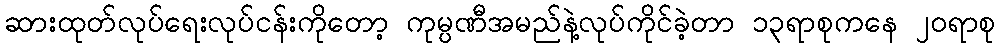
ဆားထုတ်လုပ်ရေးလုပ်ငန်းကိုတော့ ကုမ္ပဏီအမည်နဲ့လုပ်ကိုင်ခဲ့တာ ၁၃ရာစုကနေ ၂၀ရာစု